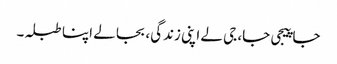
جا پیجی جا، جی لے اپنی زندگی، بجا لے اپنا طبلہ۔